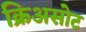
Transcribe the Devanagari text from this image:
क्रिअसोट